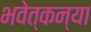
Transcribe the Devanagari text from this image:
भवेत्कन्या